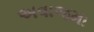
અવાજમા